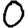
Digit: 0